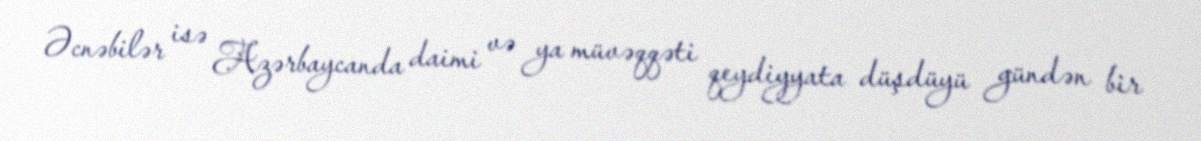
Əcnəbilər isə Azərbaycanda daimi və ya müvəqqəti qeydiyyata düşdüyü gündən bir